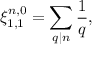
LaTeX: \xi _ { 1 , 1 } ^ { n , 0 } = \sum _ { q | n } \frac { 1 } { q } ,